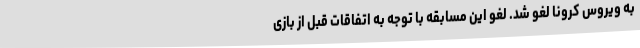
به ویروس کرونا لغو شد. لغو این مسابقه با توجه به اتفاقات قبل از بازی